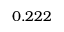
0 . 2 2 2